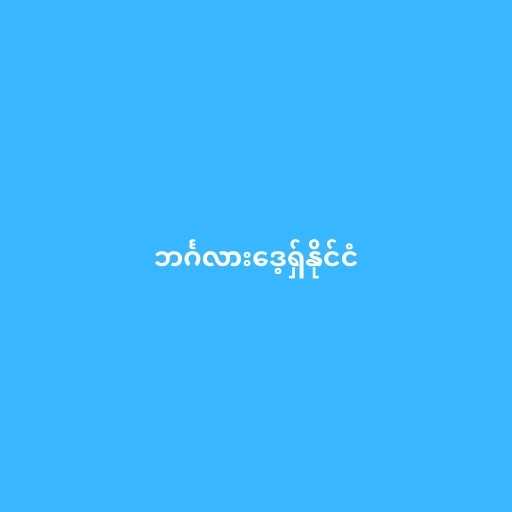
ဘင်္ဂလားဒေ့ရှ်နိုင်ငံ